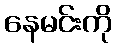
နေမင်းကို